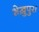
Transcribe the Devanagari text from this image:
शेख़ुपुरा